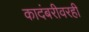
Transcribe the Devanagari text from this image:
कादंबरीवरही